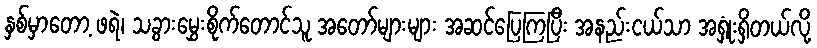
နှစ်မှာတော့ ဖရဲ၊ သခွားမွှေးစိုက်တောင်သူ အတော်များများ အဆင်ပြေကြပြီး အနည်းငယ်သာ အရှုံးရှိတယ်လို့